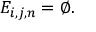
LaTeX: E _ { i , j , n } = \emptyset .